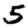
Digit: 5